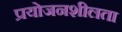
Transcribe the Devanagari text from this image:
प्रयोजनशीलता